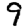
Digit: 9